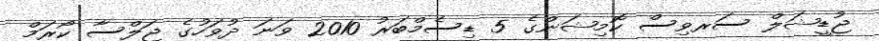
ޖުޑީޝަލް ސަރވިސް ކޮމިޝަންގެ 5 ޑިސެމްބަރު 2010 ވަނަ ދުވަހުގެ ޖަލްސާ ކޯރަމް